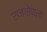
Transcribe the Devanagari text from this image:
राजगोपाला